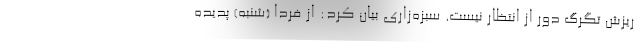
ریزش تگرگ دور از انتظار نیست. سبزه‌زاری بیان کرد: از فردا (شنبه) پدیده